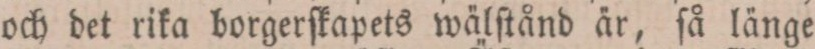
och det rika borgerſkapets wälſtånd är, ſå länge